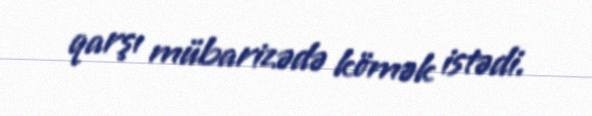
qarşı mübarizədə kömək istədi.